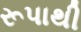
રૂપાથી